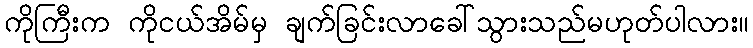
ကိုကြီးက ကိုငယ်အိမ်မှ ချက်ခြင်းလာခေါ်သွားသည်မဟုတ်ပါလား။